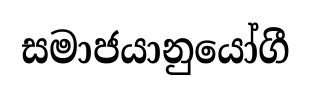
සමාජයානුයෝගී